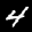
Label: 4